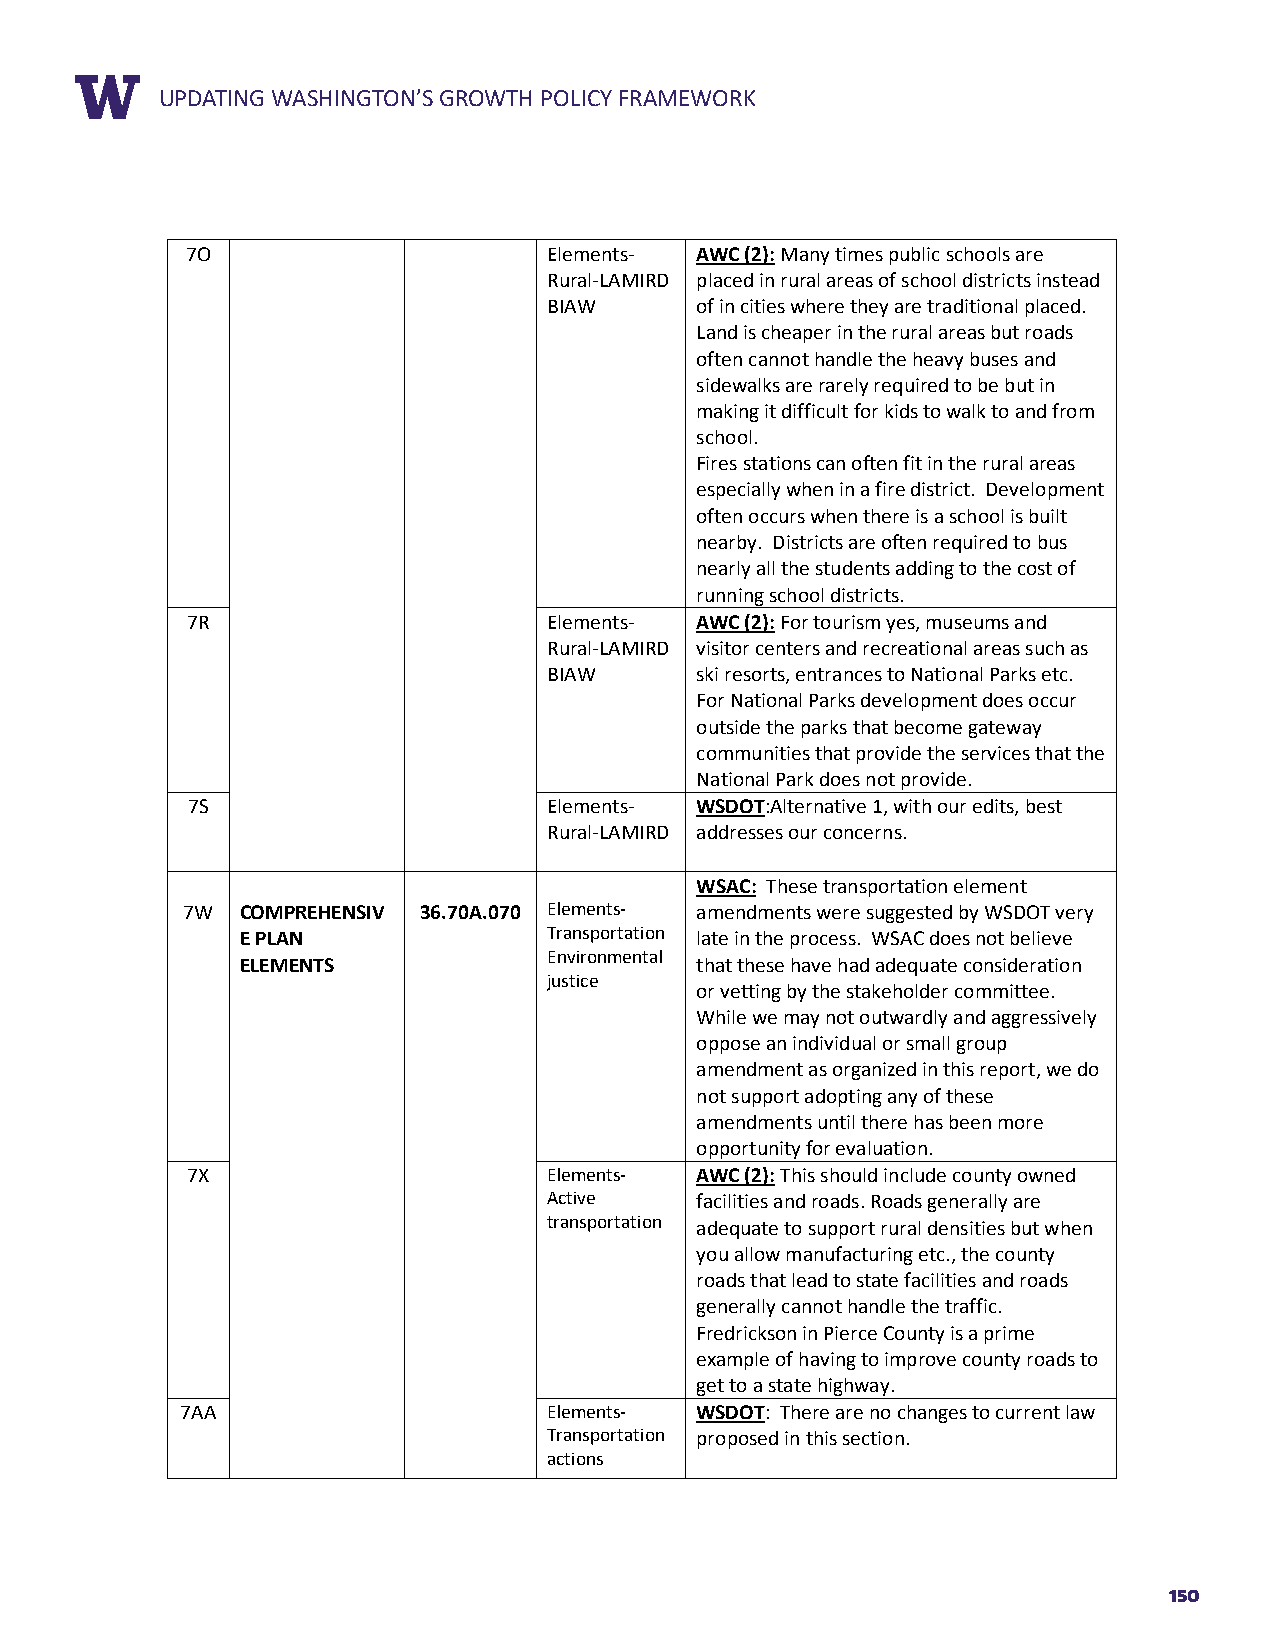
RUEPPDOARTTIN TGIT WLEASHINGTON’S GROWTH POLICY FRAMEWORK
 7O                      Elements- AWC (2): Many times public schools are
 Rural-LAMIRD placed in rural areas of school districts instead
 BIAW      of in cities where they are traditional placed.
 Land is cheaper in the rural areas but roads
 often cannot handle the heavy buses and
 sidewalks are rarely required to be but in
 making it difficult for kids to walk to and from
 school.
 Fires stations can often fit in the rural areas
 especially when in a fire district. Development
 often occurs when there is a school is built
 nearby. Districts are often required to bus
 nearly all the students adding to the cost of
 running school districts.
 7R                      Elements- AWC (2): For tourism yes, museums and
 Rural-LAMIRD visitor centers and recreational areas such as
 BIAW      ski resorts, entrances to National Parks etc.
 For National Parks development does occur
 outside the parks that become gateway
 communities that provide the services that the
 National Park does not provide.
 7S                      Elements- WSDOT:Alternative 1, with our edits, best
 Rural-LAMIRD addresses our concerns.
 WSAC: These transportation element
 7W  COMPREHENSIV 36.70A.070 Elements- amendments were suggested by WSDOT very
 E PLAN              Transportation late in the process. WSAC does not believe
 Environmental
 ELEMENTS                      that these have had adequate consideration
 justice
 or vetting by the stakeholder committee.
 While we may not outwardly and aggressively
 oppose an individual or small group
 amendment as organized in this report, we do
 not support adopting any of these
 amendments until there has been more
 opportunity for evaluation.
 7X                      Elements- AWC (2): This should include county owned
 Active    facilities and roads. Roads generally are
 transportation adequate to support rural densities but when
 you allow manufacturing etc., the county
 roads that lead to state facilities and roads
 generally cannot handle the traffic.
 Fredrickson in Pierce County is a prime
 example of having to improve county roads to
 get to a state highway.
 7AA                     Elements- WSDOT: There are no changes to current law
 Transportation proposed in this section.
 actions
 150